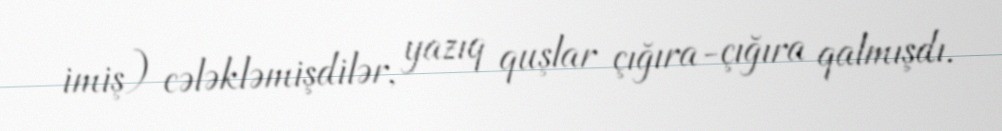
imiş) cələkləmişdilər, yazıq quşlar çığıra-çığıra qalmışdı.